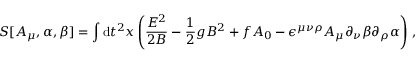
S [ A _ { \mu } , \alpha , \beta ] = \int \ensuremath { \operatorname { d } \! { } t \d { } } ^ { 2 } x \left( \frac { E ^ { 2 } } { 2 B } - \frac { 1 } { 2 } g B ^ { 2 } + f A _ { 0 } - \epsilon ^ { \mu \nu \rho } A _ { \mu } \partial _ { \nu } \beta \partial _ { \rho } \alpha \right) \, ,